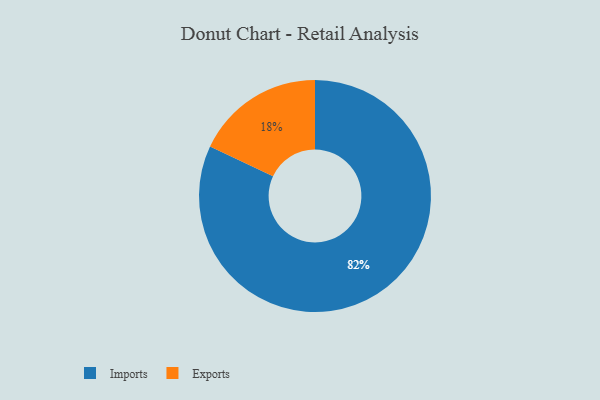
{"axis": {"x": "Category", "y": "Percentage"}, "legend": ["Exports", "Imports"], "data": [{"x": "Imports", "y": 82, "type": "Imports"}, {"x": "Exports", "y": 18, "type": "Exports"}]}